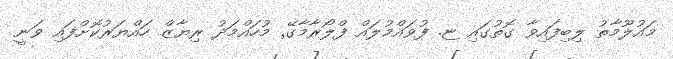
މައުލޫމާތު ލިބިފައިވާ ގޮތުގައި ޏ. ފުވައްމުލައް ފްލޯރާމާގޭ